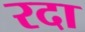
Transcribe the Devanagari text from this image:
रदा